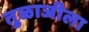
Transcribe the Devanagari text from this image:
तुळाजीला